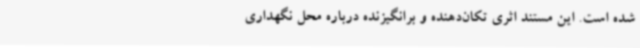
شده است. این مستند اثری تکان‌دهنده و برانگیزنده درباره محل نگهداری